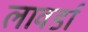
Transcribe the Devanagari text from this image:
लावर्डा